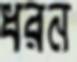
ধরন